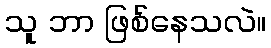
သူ ဘာ ဖြစ်နေသလဲ။